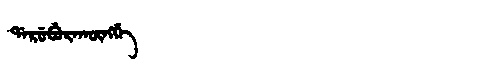
Manchu: ᡩᠠᡵᡠᠪᡠᡵᠠᡴᡡᠩᡤᡝ
Romanization: DARUBURAKŪNGGE